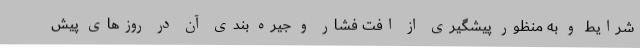
شرایط و به منظور پیشگیری از افت فشار و جیره بندی آن در روزهای پیش